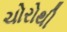
ચોરોથી